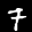
Label: 7